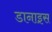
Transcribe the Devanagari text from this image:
डानाइस